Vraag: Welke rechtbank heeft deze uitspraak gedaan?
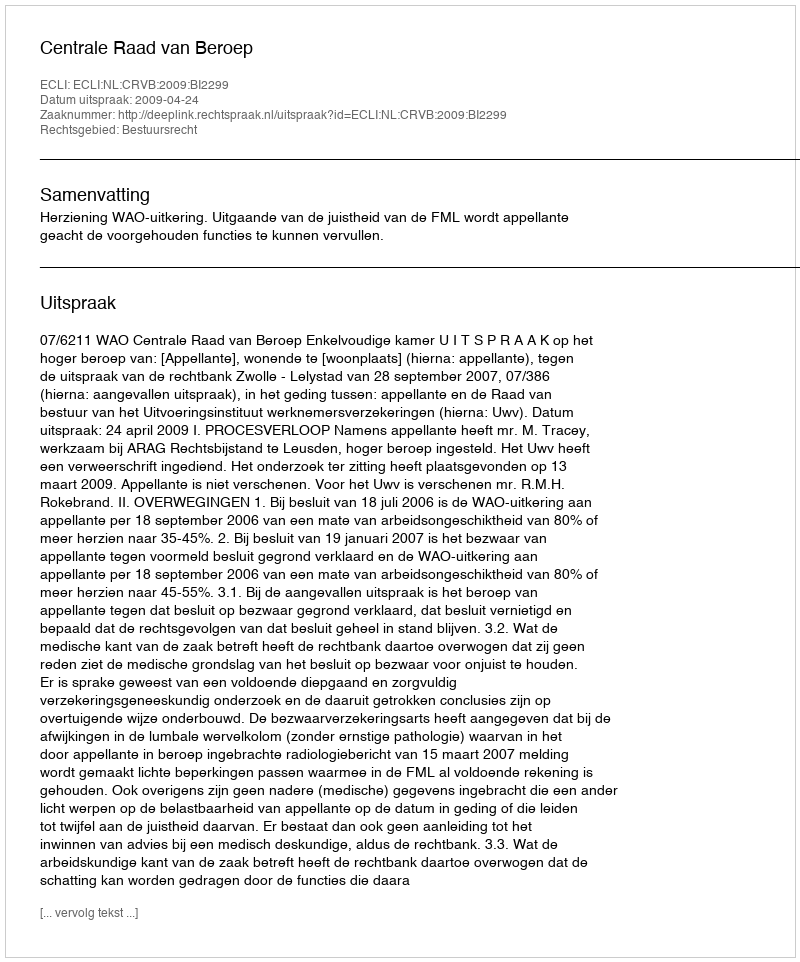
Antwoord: Centrale Raad van Beroep